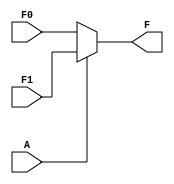
module single_variable_kmap (
    input wire A,           // Single binary input
    input wire F0,         // Output value when A = 0
    input wire F1,         // Output value when A = 1
    output wire F          // Output based on the K-map
);

// Combinational logic to determine output F
assign F = (A == 0) ? F0 : F1;

endmodule